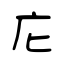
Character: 庀